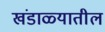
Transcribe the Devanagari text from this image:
खंडाळ्यातील